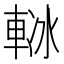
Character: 𨋲